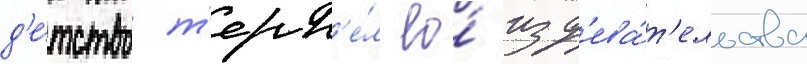
д'е́тство т'ерп'е́л ео́ изд'ева́т'ельства